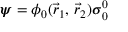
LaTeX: { \boldsymbol { \psi } } = \phi _ { 0 } ( { \vec { r } } _ { 1 } , \, { \vec { r } } _ { 2 } ) { \boldsymbol { \sigma } } _ { 0 } ^ { 0 }